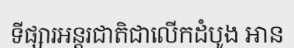
ទីផ្សារអន្តរជាតិជាលើកដំបូង អាន